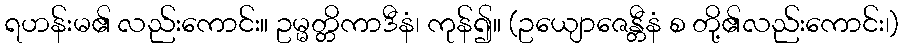
ရဟန်းမ၏ လည်းကောင်း။ ဥမ္မတ္တိကာဒီနံ၊ ကုန်၍။ (ဥယျောဇေန္တီနံ စ တို့၏လည်းကောင်း၊)